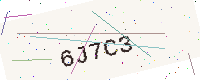
Text: 6J7C3